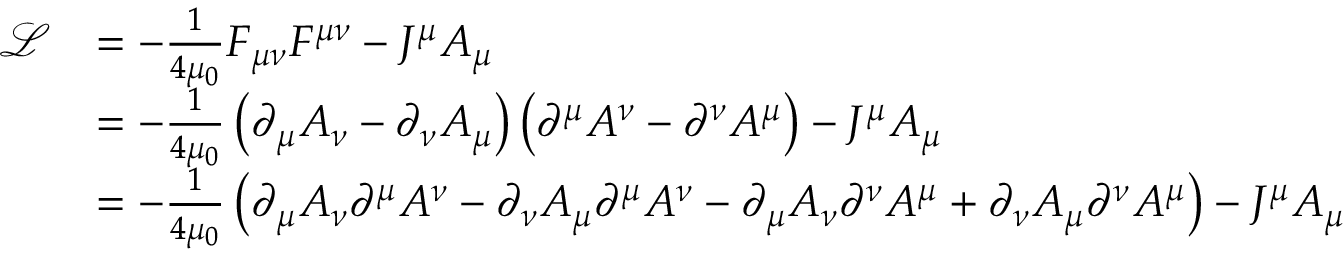
{ \begin{array} { r l } { { \mathcal { L } } } & { = - { \frac { 1 } { 4 \mu _ { 0 } } } F _ { \mu \nu } F ^ { \mu \nu } - J ^ { \mu } A _ { \mu } } \\ & { = - { \frac { 1 } { 4 \mu _ { 0 } } } \left( \partial _ { \mu } A _ { \nu } - \partial _ { \nu } A _ { \mu } \right) \left( \partial ^ { \mu } A ^ { \nu } - \partial ^ { \nu } A ^ { \mu } \right) - J ^ { \mu } A _ { \mu } } \\ & { = - { \frac { 1 } { 4 \mu _ { 0 } } } \left( \partial _ { \mu } A _ { \nu } \partial ^ { \mu } A ^ { \nu } - \partial _ { \nu } A _ { \mu } \partial ^ { \mu } A ^ { \nu } - \partial _ { \mu } A _ { \nu } \partial ^ { \nu } A ^ { \mu } + \partial _ { \nu } A _ { \mu } \partial ^ { \nu } A ^ { \mu } \right) - J ^ { \mu } A _ { \mu } } \end{array} }